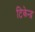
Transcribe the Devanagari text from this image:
टिकेन्द्र